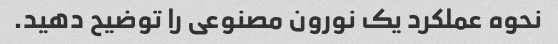
نحوه عملکرد یک نورون مصنوعی را توضیح دهید.